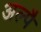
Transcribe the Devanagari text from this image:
अल्पै